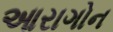
આરાગોન